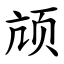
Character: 颃